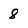
Character: 8